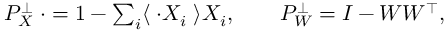
\begin{array} { r } { P _ { X } ^ { \perp } \; \cdot = 1 - \sum _ { i } \langle \; \cdot X _ { i } \; \rangle X _ { i } , \qquad P _ { W } ^ { \perp } = I - W W ^ { \top } , } \end{array}